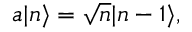
a | n \rangle = { \sqrt { n } } | n - 1 \rangle ,